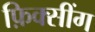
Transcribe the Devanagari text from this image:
फ़िक्सींग